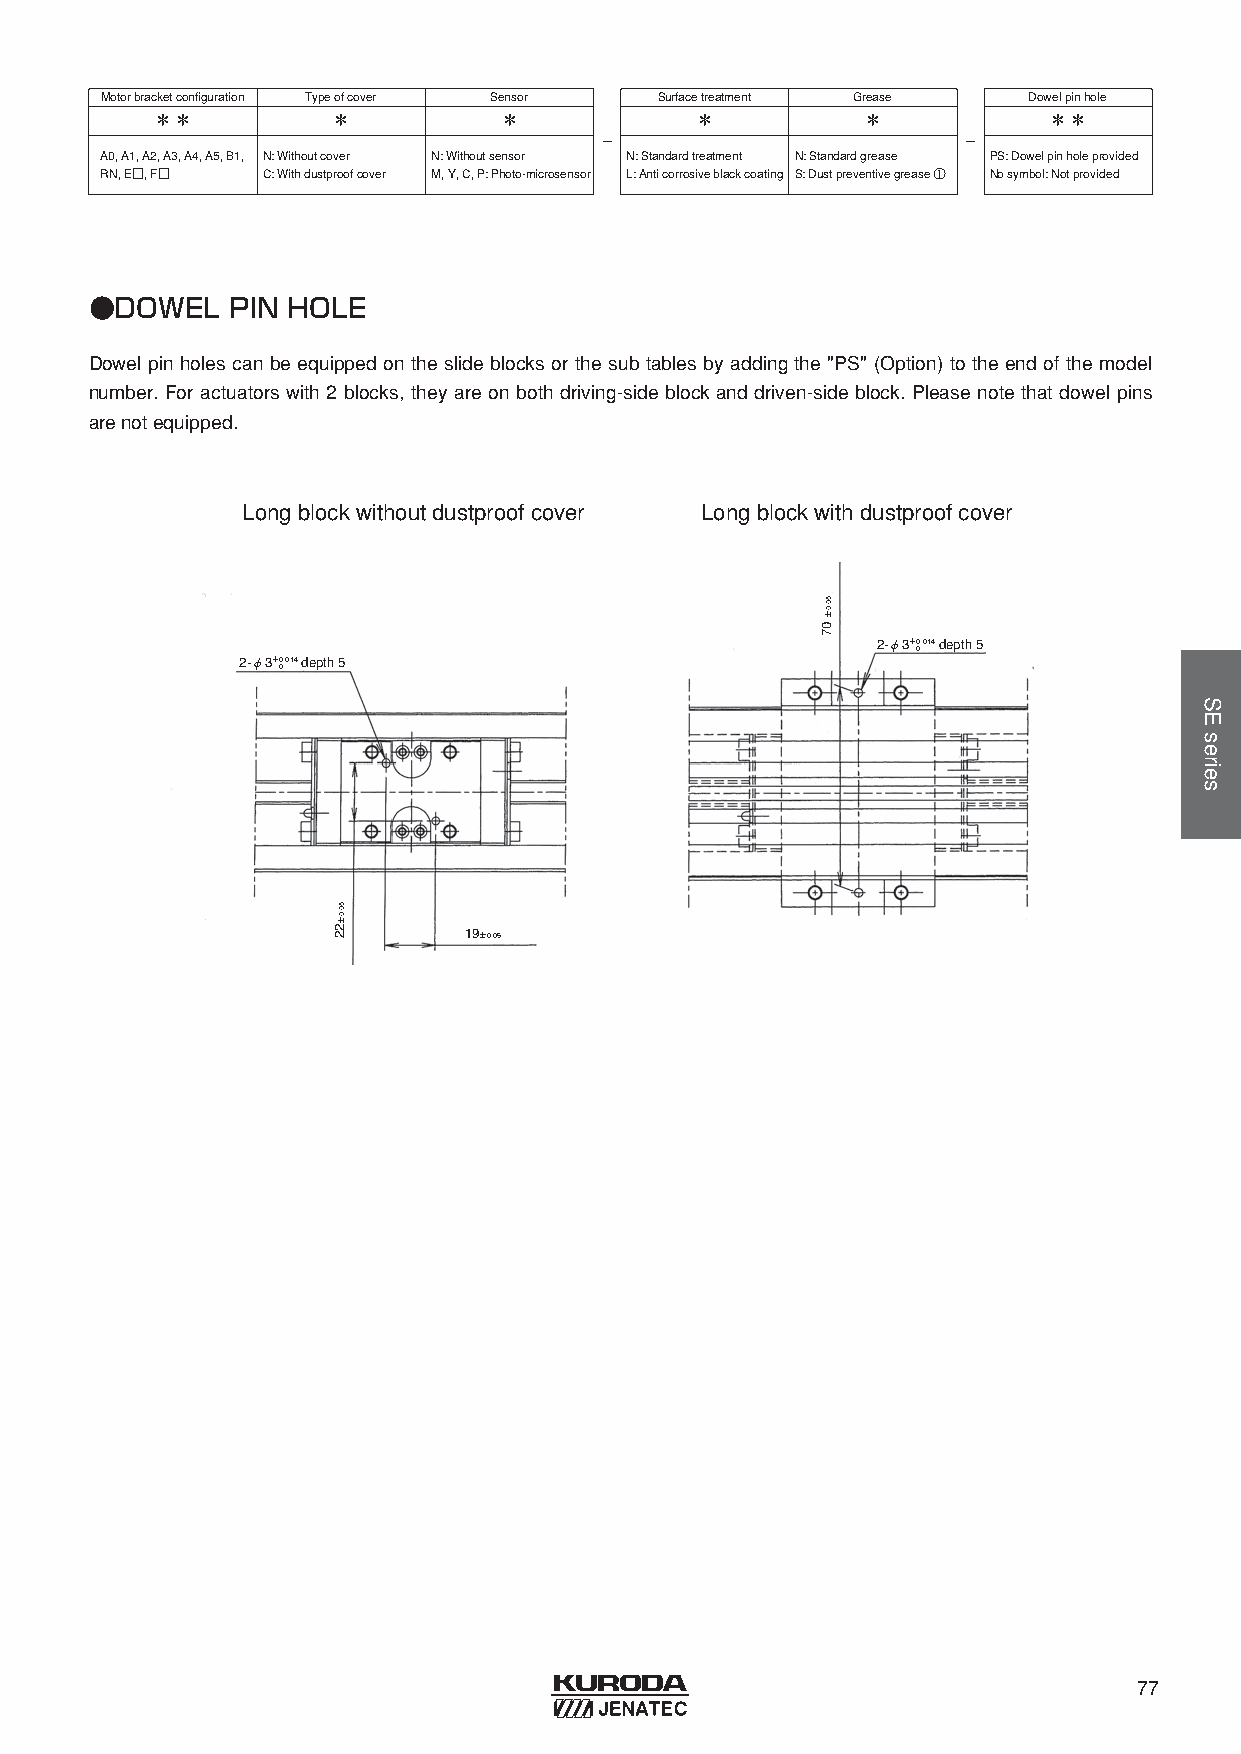
Motorbracketconfiguration Typeofcover Sensor Surfacetreatment Grease Dowelpinhole
 ＊＊          ＊          ＊            ＊          ＊           ＊＊
 -                       -
 A0, A1, A2, A3, A4, A5, B1, N: Withoutcover N: Withoutsensor N: Standardtreatment N: Standardgrease PS: Dowelpinholeprovided
 RN, E□, F□ C: Withdustproofcover M, Y, C, P: Photo-microsensor L: Anticorrosiveblackcoating S: Dustpreventivegrease ① Nosymbol: Notprovided
 ●DOWEL   PIN HOLE
 Dowel pin holes can be equipped on the slide blocks or the sub tables by adding the "PS" (Option) to the end of the model
 number. For actuators with 2 blocks, they are on both driving-side block and driven-side block. Please note that dowel pins
 arenotequipped.
 Longblockwithoutdustproofcover Longblockwithdustproofcover
 2-φ3＋0.014 depth 5
 0
 2-φ3＋0.014 depth 5
 0
 19±0.05
 77
 50.0±22
 50.0±
 07
 SEseries